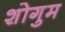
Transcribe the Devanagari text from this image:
शोगुम